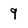
Character: 9